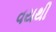
વયથી